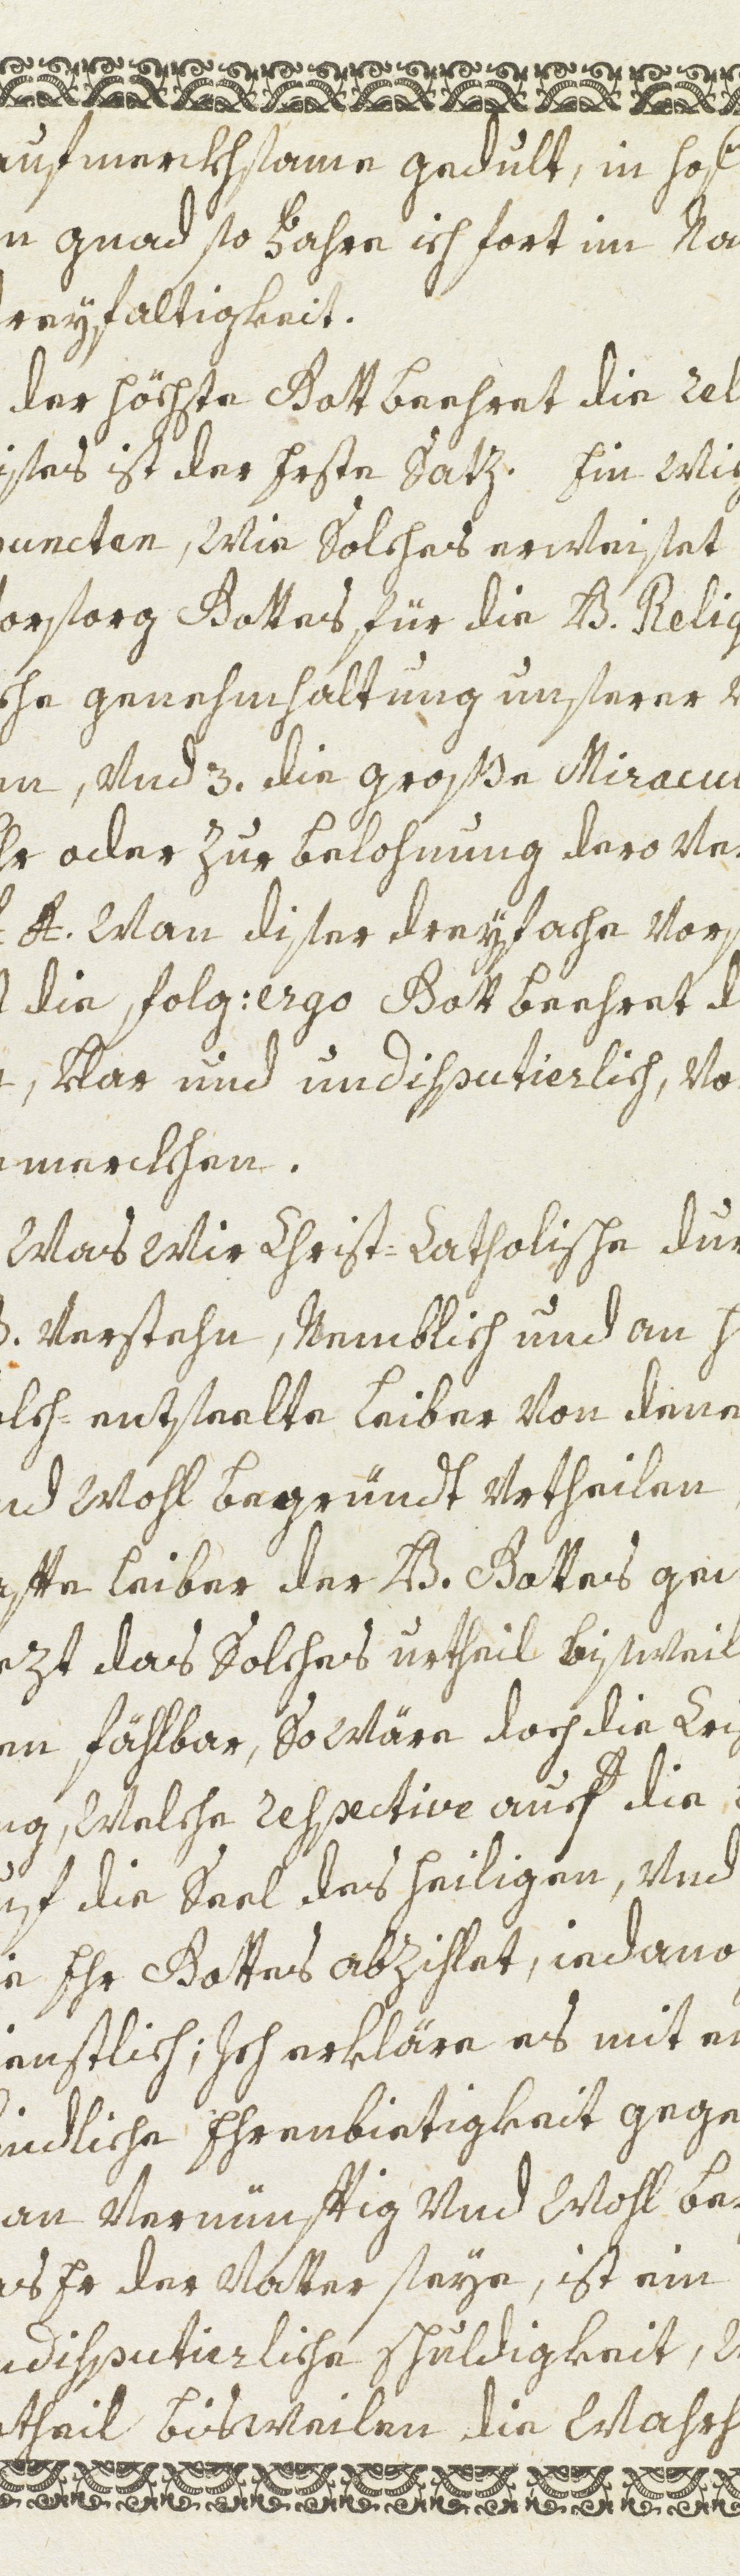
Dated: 1600–1699